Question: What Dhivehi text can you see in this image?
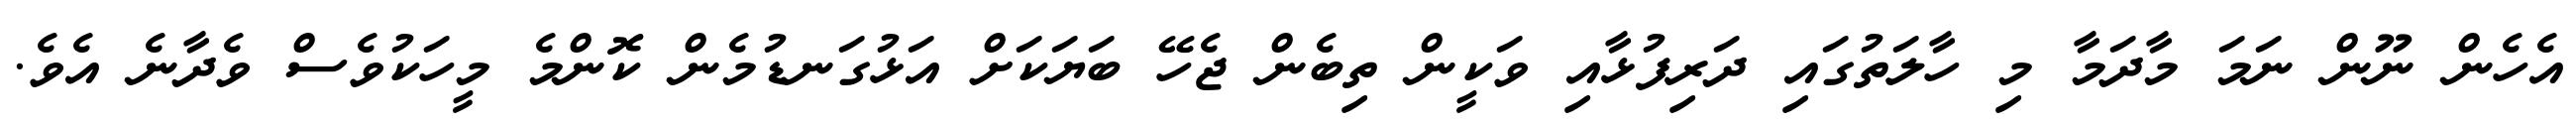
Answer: އެހެން ނޫން ނަމަ މާދަމާ މި ހާލަތުގައި ދަރިފުޅާއި ވަކީން ތިބެން ޖެހޭ ބަޔަކަށް އަޅުގަނޑުމެން ކޮންމެ މީހަކުވެސް ވެދާނެ އެވެ.